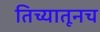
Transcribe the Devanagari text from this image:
तिच्यातूनच